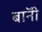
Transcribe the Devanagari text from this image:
बाॅनी